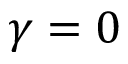
\gamma = 0